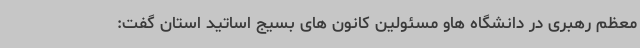
معظم رهبری در دانشگاه هاو مسئولین کانون های بسیج اساتید استان گفت: